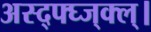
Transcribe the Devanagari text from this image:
अस्द्फ्घ्ज्क्ल्।